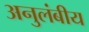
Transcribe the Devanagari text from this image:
अनुलंबीय